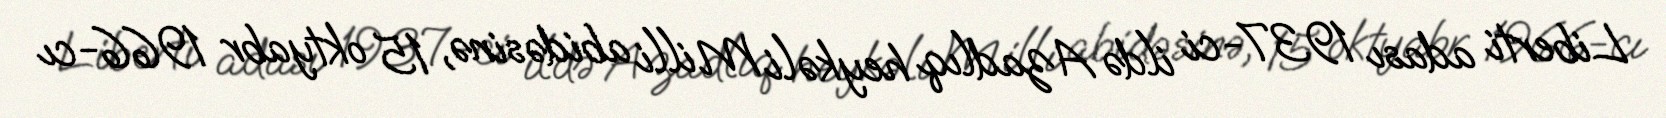
Liberti adası 1937-ci ildə Azadlıq heykəli Milli abidəsinə, 15 oktyabr 1966-cı